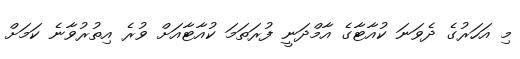
މި އަހަރުގެ ދެވަނަ ކުއާޓާގެ އާމްދަނީ ފުރަތަމަ ކުއާޓާއަށް ވުރެ އިތުރުވާނެ ކަމަށް